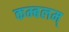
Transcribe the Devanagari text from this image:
कम्बलम्